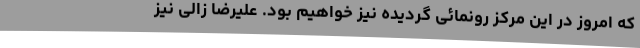
که امروز در این مرکز رونمائی گردیده نیز خواهیم بود. علیرضا زالی نیز